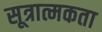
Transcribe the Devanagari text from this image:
सूत्रात्मकता